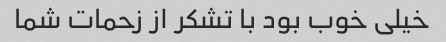
خیلی خوب بود با تشکر از زحمات شما